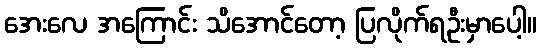
အေးလေ အကြောင်း သိအောင်တော့ ပြလိုက်ရဦးမှာပေါ့။